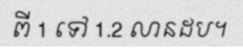
ពី 1 ទៅ 1.2 លានដប។